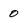
Character: 0